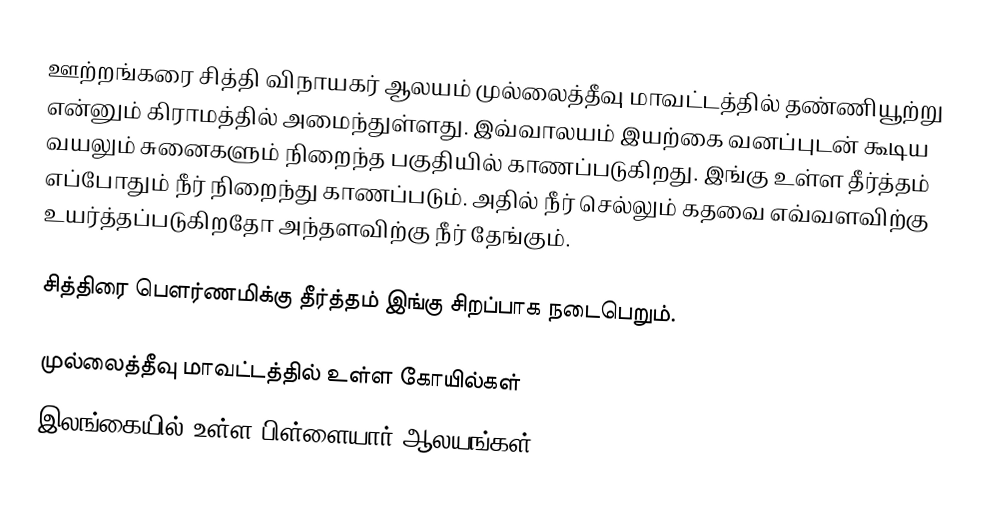
ஊற்றங்கரை சித்தி விநாயகர் ஆலயம் முல்லைத்தீவு மாவட்டத்தில் தண்ணியூற்று என்னும் கிராமத்தில் அமைந்துள்ளது. இவ்வாலயம் இயற்கை வனப்புடன் கூடிய வயலும் சுனைகளும் நிறைந்த பகுதியில் காணப்படுகிறது. இங்கு உள்ள தீர்த்தம் எப்போதும் நீர் நிறைந்து காணப்படும். அதில் நீர் செல்லும் கதவை எவ்வளவிற்கு உயர்த்தப்படுகிறதோ அந்தளவிற்கு நீர் தேங்கும்.

சித்திரை பெளர்ணமிக்கு தீர்த்தம் இங்கு சிறப்பாக நடைபெறும்.

முல்லைத்தீவு மாவட்டத்தில் உள்ள கோயில்கள்
இலங்கையில் உள்ள பிள்ளையார் ஆலயங்கள்